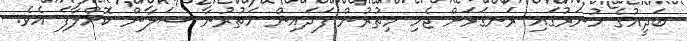
ބަދީއުގެ ހުނަރުގައި ރަނގަޅަށް ޖެހި މިތުރުން ފަދައިން ހަތުރުނާ ސަލާން ކޮށްލާފަ އެވެ.